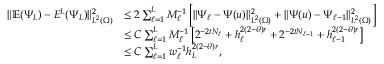
\begin{array} { r l } { \| \mathbb { E } ( \Psi _ { L } ) - E ^ { L } ( \Psi _ { L } ) \| _ { L ^ { 2 } ( \Omega ) } ^ { 2 } } & { \le 2 \sum _ { \ell = 1 } ^ { L } M _ { \ell } ^ { - 1 } \left[ \| \Psi _ { \ell } - \Psi ( u ) \| _ { L ^ { 2 } ( \Omega ) } ^ { 2 } + \| \Psi ( u ) - \Psi _ { \ell - 1 } \| _ { L ^ { 2 } ( \Omega ) } ^ { 2 } \right] } \\ & { \le C \sum _ { \ell = 1 } ^ { L } M _ { \ell } ^ { - 1 } \left[ 2 ^ { - 2 t N _ { \ell } } + h _ { \ell } ^ { 2 ( 2 - \theta ) r } + 2 ^ { - 2 t N _ { \ell - 1 } } + h _ { \ell - 1 } ^ { 2 ( 2 - \theta ) r } \right] } \\ & { \le C \sum _ { \ell = 1 } ^ { L } w _ { \ell } ^ { - 1 } h _ { L } ^ { 2 ( 2 - \theta ) r } , } \end{array}